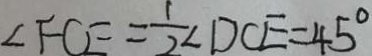
\angle F C E = \frac { 1 } { 2 } \angle D C E = 4 5 ^ { \circ }